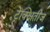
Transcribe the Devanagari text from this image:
ट्रेक्क्षितीज